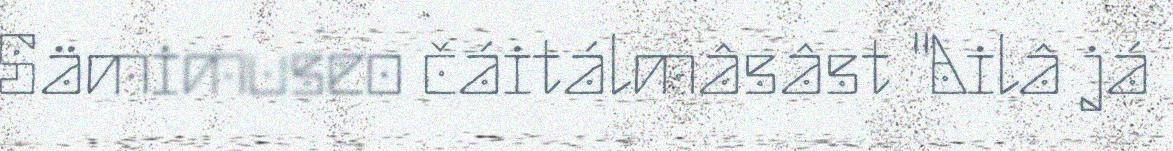
Sämimuseo čáitálmâsâst "Ailâ já